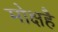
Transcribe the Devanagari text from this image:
मोक्षहै